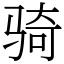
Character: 骑